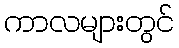
ကာလများတွင်